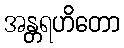
အန္တရဟိတော